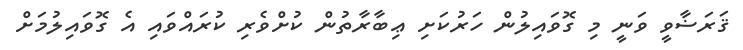
ޤަރަޟާވީ ވަނީ މި ގޮވައިލުން ހަރުކަށި ޢިބާރާތުން ކުށްވެރި ކުރައްވައި އެ ގޮވައިލުމަށް